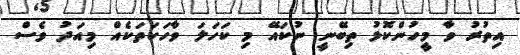
އިތުރު ވާ މީހުންކޮޅު ތިބޭނީ ނުކައޭ މި ކަހަލަ ވާހަކަތަކެއް މިއަދު ވެސް